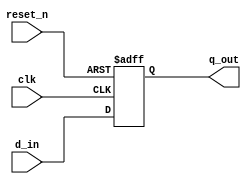
module lab48_hold_violation_task(
                        input d_in,
                        input clk, reset_n,
                        output reg q_out
    );
    
    always @(posedge clk or negedge reset_n)
    begin
        if(!reset_n)
            q_out <= 1'b0;
        else
             q_out <= d_in;
    end
    
specify
    specparam thold = 1;
    $hold(d_in, posedge clk , thold);
endspecify
     
endmodule